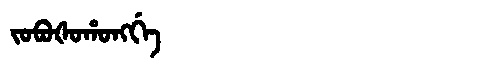
Manchu: ᠵᠣᠪᠣᡧᠣᡥᠣᠩᡤᡝ
Romanization: JOBOŠOHONGGE